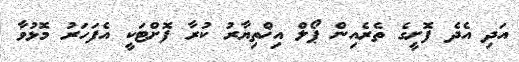
އަދި އެދެ ފޮށީގެ ތެރެއިން ޕޯލް އިޚްތިޔާރު ކުރާ ފޮށްޓަކީ އެފަހަރު މޮޅުވާ